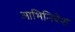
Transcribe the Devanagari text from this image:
आभिनिवेश